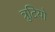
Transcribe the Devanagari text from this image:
त्रुटियो